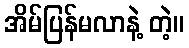
အိမ်ပြန်မလာနဲ့ တဲ့။